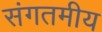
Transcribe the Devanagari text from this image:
संगतमीय